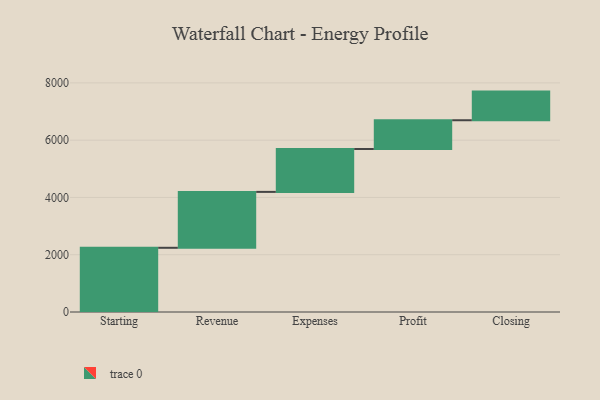
{"axis": {"x": "Step", "y": "Value"}, "legend": [""], "data": [{"x": "Starting", "y": 2242.0, "type": ""}, {"x": "Revenue", "y": 1952.0, "type": ""}, {"x": "Expenses", "y": 1497.0, "type": ""}, {"x": "Profit", "y": 1005.0, "type": ""}, {"x": "Closing", "y": 1000, "type": ""}]}